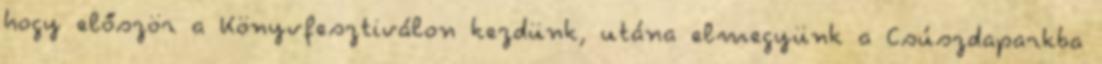
hogy először a Könyvfesztiválon kezdünk, utána elmegyünk a Csúszdaparkba